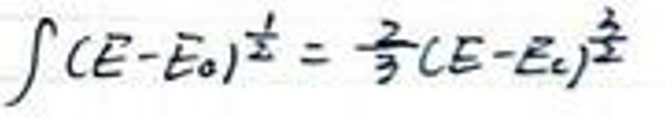
\(\int ( E - E _ { 0 } ) ^ { \frac { 1 } { 2 } } = \frac { 2 } { 3 } ( E - E _ { 2 } ) ^ { \frac { 3 } { 2 } }\)